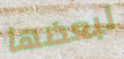
لبعضها